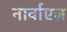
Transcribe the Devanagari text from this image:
नार्वाएज़